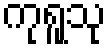
ကုရူသု